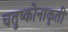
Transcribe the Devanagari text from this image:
चतुष्कोनाकृती